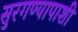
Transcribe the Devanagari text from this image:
सुरगण्यापाशी